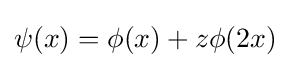
\psi (x)=\phi (x)+z\phi (2x)